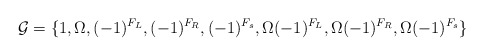
\begin{align*}{\cal G} = \{1, \Omega, (-1)^{F_L}, (-1)^{F_R}, (-1)^{F_s}, \Omega(-1)^{F_L}, \Omega (-1)^{F_R}, \Omega (-1)^{F_s}\}\end{align*}